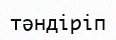
тәндіріп